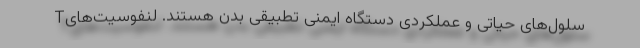
سلول‌های حیاتی و عملکردی دستگاه ایمنی تطبیقی بدن هستند. لنفوسیت‌هایT